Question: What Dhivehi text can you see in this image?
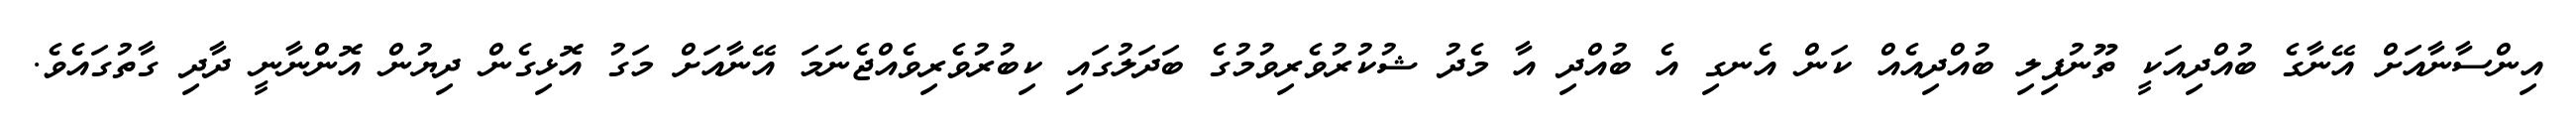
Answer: އިންސާނާއަށް އޭނާގެ ބުއްދިއަކީ ތޫނުފިލި ބުއްދިއެއް ކަން އެނގި އެ ބުއްދި އާ މެދު ޝުކުރުވެރިވުމުގެ ބަދަލުގައި ކިބުރުވެރިވެއްޖެނަމަ އޭނާއަށް މަގު އޮޅިގެން ދިޔުން އޮންނާނީ ދާދި ގާތުގައެވެ.